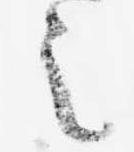
之